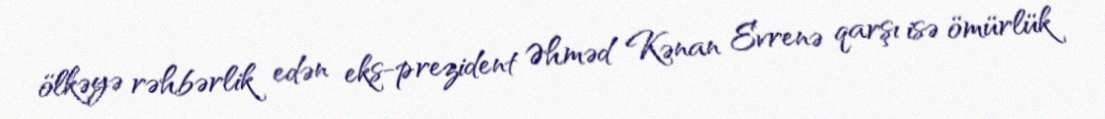
ölkəyə rəhbərlik edən eks-prezident Əhməd Kənan Evrenə qarşı isə ömürlük